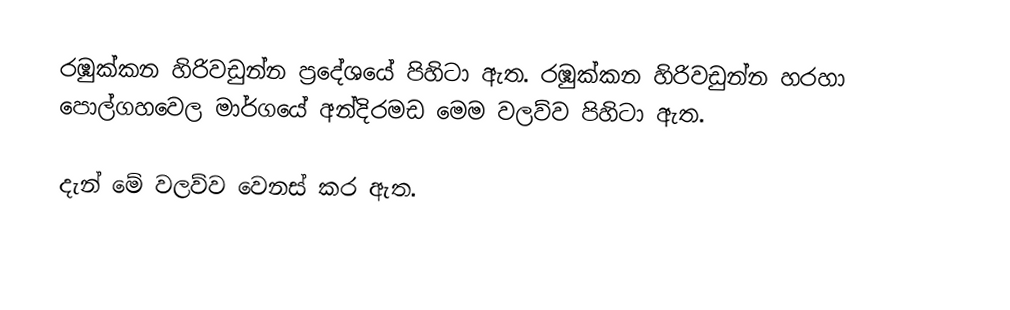
රඹුක්කන හිරිවඩුන්න ප්‍රදේශයේ පිහිටා ඇත. රඹුක්කන හිරිවඩුන්න හරහා පොල්ගහවෙල මාර්ගයේ අන්දිරමඩ මෙම වලව්ව පිහිටා ඇත.

දැන් මේ වලව්ව වෙනස් කර ඇත.